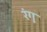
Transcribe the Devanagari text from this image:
रंगु